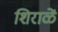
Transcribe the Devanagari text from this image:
शिराळें